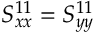
S _ { x x } ^ { 1 1 } = S _ { y y } ^ { 1 1 }